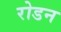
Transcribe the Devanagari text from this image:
रोडन